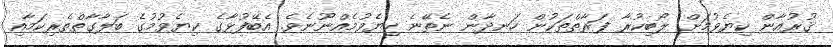
ޤުރުއާން ކިޔެވުމަށް ލޯބިކުރާ ފަރާތްތަކުން ހަނދާން ނެތޭނެ ކިޔެވުމެއްނޫނެވެ. އެބޭފުޅާގެ ކިޔެވުމުގެ ބަލާގާތްތެރިކަމާއި